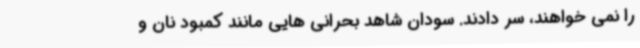
را نمی خواهند، سر دادند. سودان شاهد بحرانی هایی مانند کمبود نان و